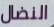
النضال